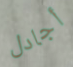
أجادل